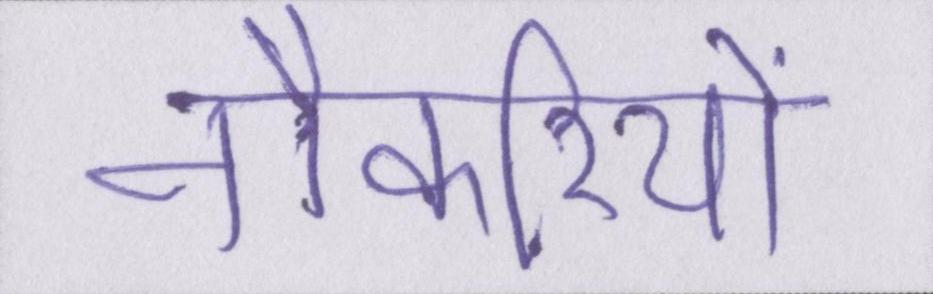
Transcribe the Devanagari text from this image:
नौकरियों